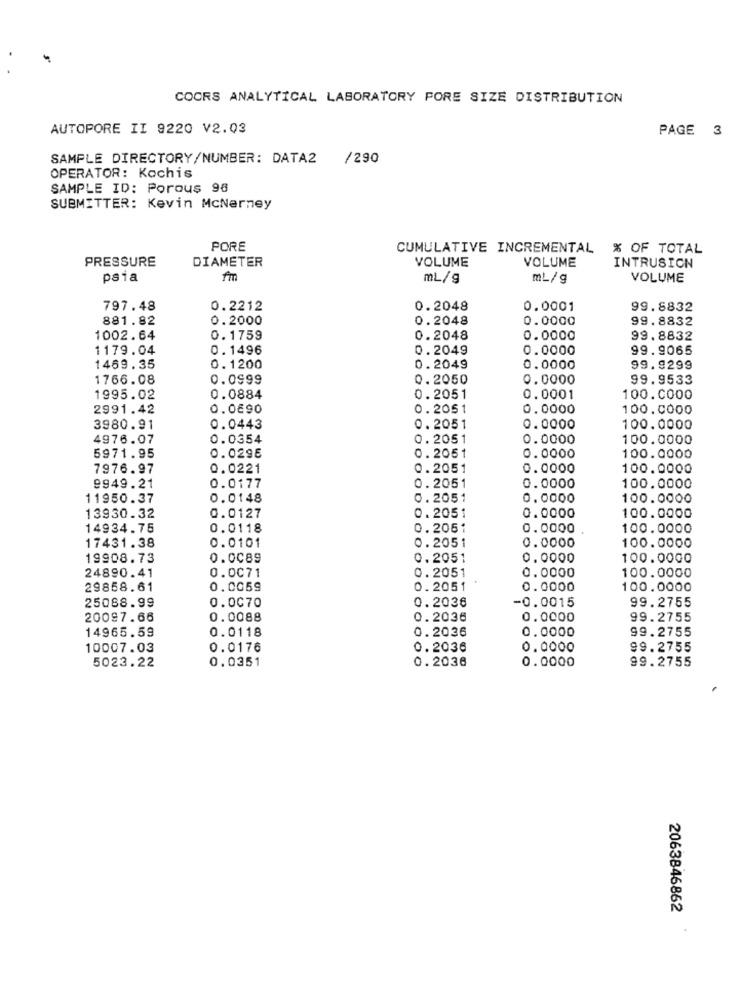
COORS ANALYTICAL LABORATORY FORE SIZE DISTRIBUTION
AUTOPORE II 9220 V2.03
PAGE 3
SAMPLE DIRECTORY/NUMBER: DATA2
/290
OPERATOR: Kochis
SAMPLE ID: Porous 98
SUBMITTER: Kevin McNerney
PORE
CUMULATIVE INCREMENTAL % OF TOTAL
PRESSURE
DIAMETER
VOLUME
VOLUME
INTRUSION
psia
fm
mL/g
ML/g
VOLUME
797.48
0.2212
0.2048
0.0001
99.8832
881.82
0.2000
0.2048
0.0000
99.8832
1002.64
0.1759
0.2048
0.0000
99.8832
1179.04
0.1496
0.2049
0.0000
99.9065
1469.35
0.1200
0.2049
0.0000
99.9299
1766.08
0.0999
0.2050
0.0000
99.9533
1995.02
0.0884
0.2051
0.0001
100.0000
2991.42
0.0690
0.2051
0.0000
100.0000
3980.91
0.0443
0.2051
0.0000
100.0000
4976.07
0.0354
0.2051
0.0000
100.0000
0.2051
5971.95
0.029E
0.0000
100.0000
7976.97
0.0221
0.2051
0.0000
100.0000
0.2051
9949.21
0.0177
0.0000
100.0000
11950.37
0.0148
0.2051
0.0000
100.0000
13930.32
0.0127
0.2051
0.0000
100.0000
14934.75
0.0118
0.2061
0.0000
100.0000
17431.38
100.0000
0.0101
0. 2051
0.0000
19908.73
0.0089
0. 2051
0.0000
100.0000
24890.41
0.0071
0.2051
0.0000
100.0000
29858.61
0.0059
0. 2051
0.0000
100.0000
25088.99
0.0070
0.2036
99.2755
-0.0015
20097.66
0.0088
0.2036
0.0000
99.2755
0.0118
0.2036
99.2755
14965.59
0.0000
10007.03
0.0176
0.2036
0.0000
99.2755
0.0351
0.2036
0.0000
99.2755
5023.22
2063846862